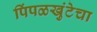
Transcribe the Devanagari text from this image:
पिंपळखुंटेचा